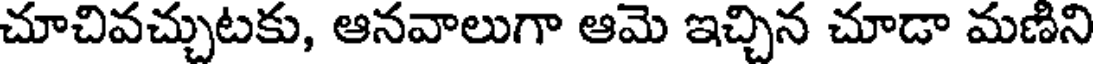
చూచివచ్చుటకు, ఆనవాలుగా ఆమె ఇచ్చిన చూడా మణిని